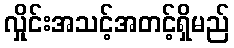
လှိုင်းအသင့်အတင့်ရှိမည်